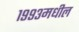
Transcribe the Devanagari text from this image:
१९९३मधील